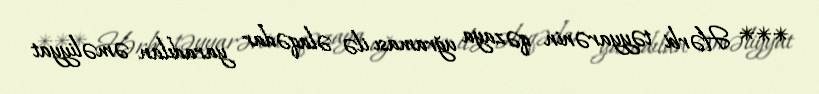
*** Hərbi təyyarənin qəzaya uğraması ilə əlaqədar yaradılan əməliyyat